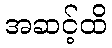
အဆင့်ထိ